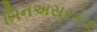
બિનઅસરકાર